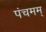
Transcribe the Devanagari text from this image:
पंचमम्